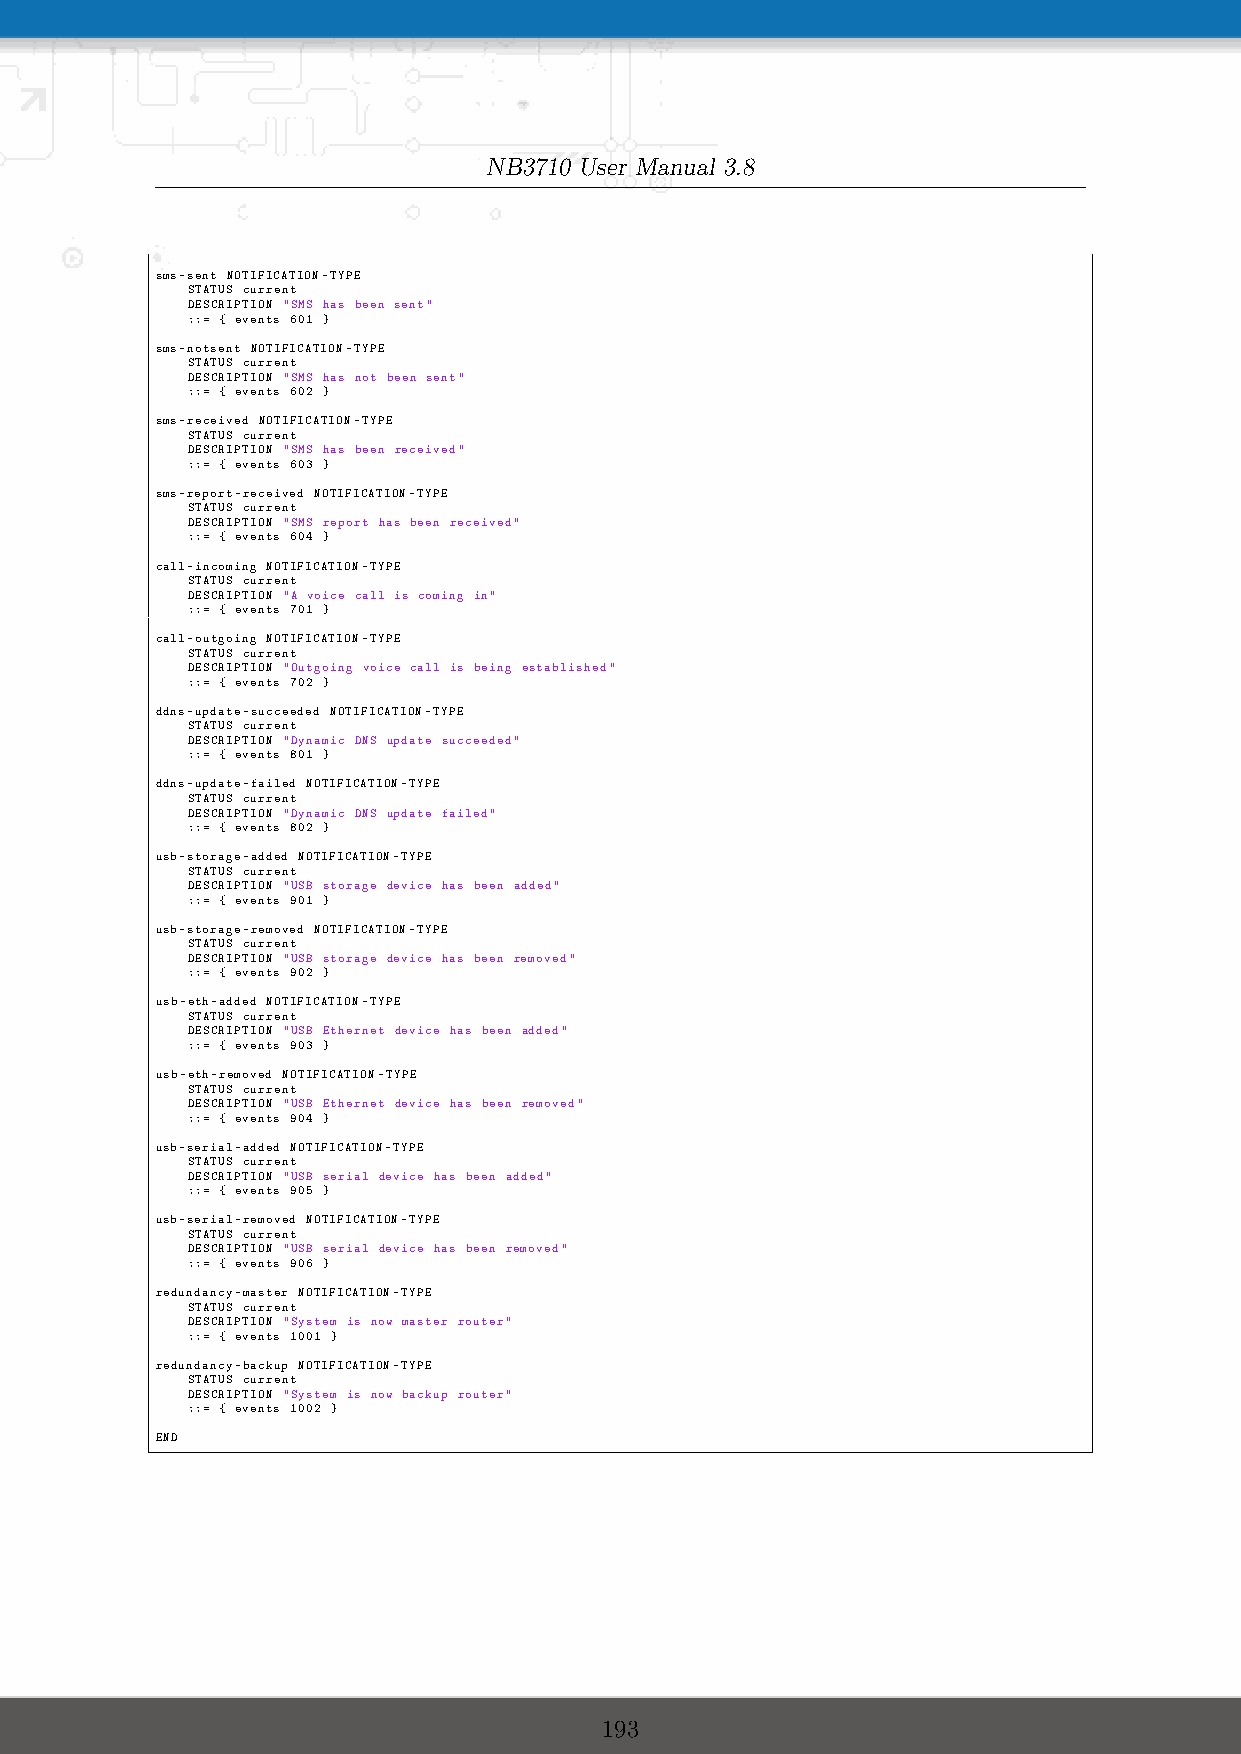
NB3710 User Manual 3.8
 sms-sent NOTIFICATION-TYPE
 STATUS current
 DESCRIPTION "SMS has been sent"
 ::= { events 601 }
 sms-notsent NOTIFICATION-TYPE
 STATUS current
 DESCRIPTION "SMS has not been sent"
 ::= { events 602 }
 sms-received NOTIFICATION-TYPE
 STATUS current
 DESCRIPTION "SMS has been received"
 ::= { events 603 }
 sms-report-received NOTIFICATION-TYPE
 STATUS current
 DESCRIPTION "SMS report has been received"
 ::= { events 604 }
 call-incoming NOTIFICATION-TYPE
 STATUS current
 DESCRIPTION "A voice call is coming in"
 ::= { events 701 }
 call-outgoing NOTIFICATION-TYPE
 STATUS current
 DESCRIPTION "Outgoing voice call is being established"
 ::= { events 702 }
 ddns-update-succeeded NOTIFICATION-TYPE
 STATUS current
 DESCRIPTION "Dynamic DNS update succeeded"
 ::= { events 801 }
 ddns-update-failed NOTIFICATION-TYPE
 STATUS current
 DESCRIPTION "Dynamic DNS update failed"
 ::= { events 802 }
 usb-storage-added NOTIFICATION-TYPE
 STATUS current
 DESCRIPTION "USB storage device has been added"
 ::= { events 901 }
 usb-storage-removed NOTIFICATION-TYPE
 STATUS current
 DESCRIPTION "USB storage device has been removed"
 ::= { events 902 }
 usb-eth-added NOTIFICATION-TYPE
 STATUS current
 DESCRIPTION "USB Ethernet device has been added"
 ::= { events 903 }
 usb-eth-removed NOTIFICATION-TYPE
 STATUS current
 DESCRIPTION "USB Ethernet device has been removed"
 ::= { events 904 }
 usb-serial-added NOTIFICATION-TYPE
 STATUS current
 DESCRIPTION "USB serial device has been added"
 ::= { events 905 }
 usb-serial-removed NOTIFICATION-TYPE
 STATUS current
 DESCRIPTION "USB serial device has been removed"
 ::= { events 906 }
 redundancy-master NOTIFICATION-TYPE
 STATUS current
 DESCRIPTION "System is now master router"
 ::= { events 1001 }
 redundancy-backup NOTIFICATION-TYPE
 STATUS current
 DESCRIPTION "System is now backup router"
 ::= { events 1002 }
 END
 193